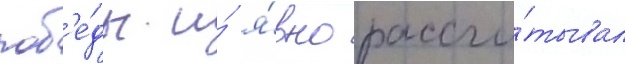
поб'е́ды и́ я́вно рассчи́тывал